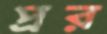
প্রর